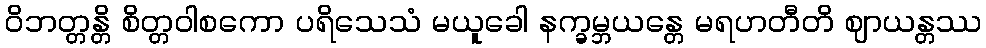
ဝိဘတ္တန္တိ စိတ္တဝါစကော ပရိသေသံ မယူခေါ နက္ခမ္ဘယန္တေ မရဟတီတိ ဈာယန္တဿ